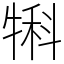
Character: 犐